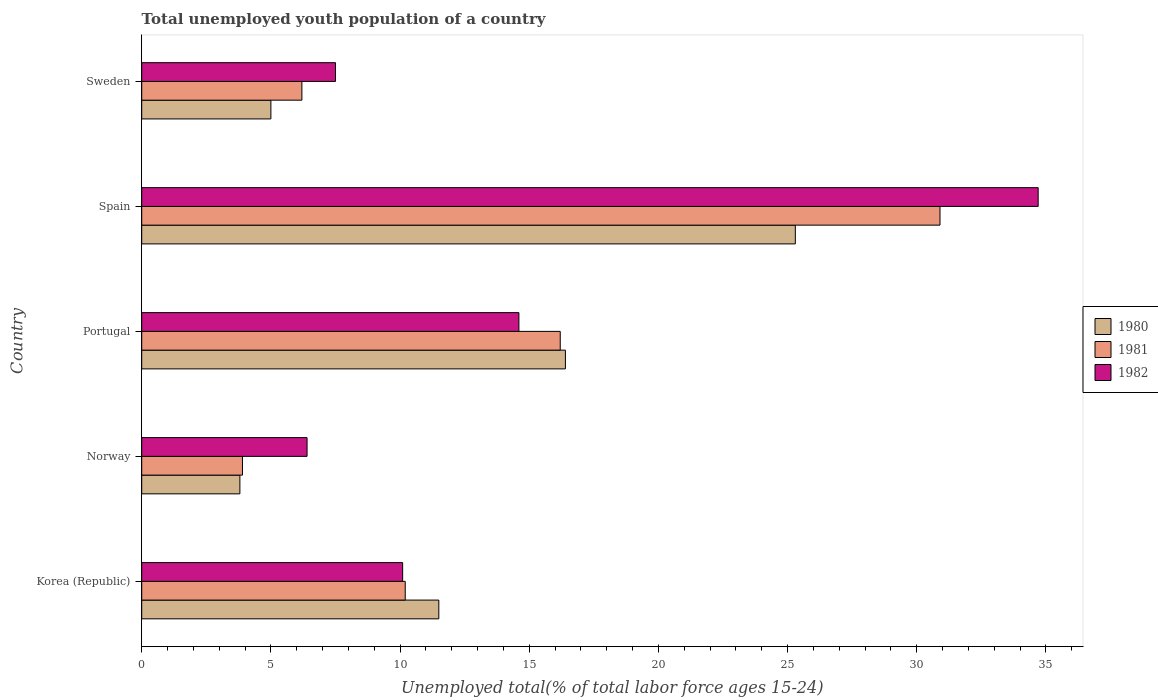
| Country | 1980 | 1981 | 1982 |
 | --- | --- | --- | --- |
 | Korea (Republic) | 11.5 | 10.2 | 10.1 |
 | Norway | 3.8 | 3.9 | 6.4 |
 | Portugal | 16.4 | 16.2 | 14.6 |
 | Spain | 25.3 | 30.9 | 34.7 |
 | Sweden | 5 | 6.2 | 7.5 |